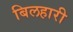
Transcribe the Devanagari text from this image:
बिलहारी